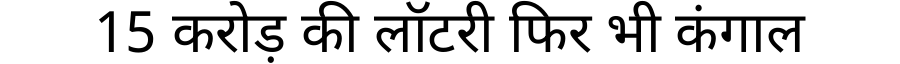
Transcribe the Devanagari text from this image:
15 करोड़ की लॉटरी फिर भी कंगाल